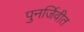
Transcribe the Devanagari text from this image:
पुनर्जिवीत